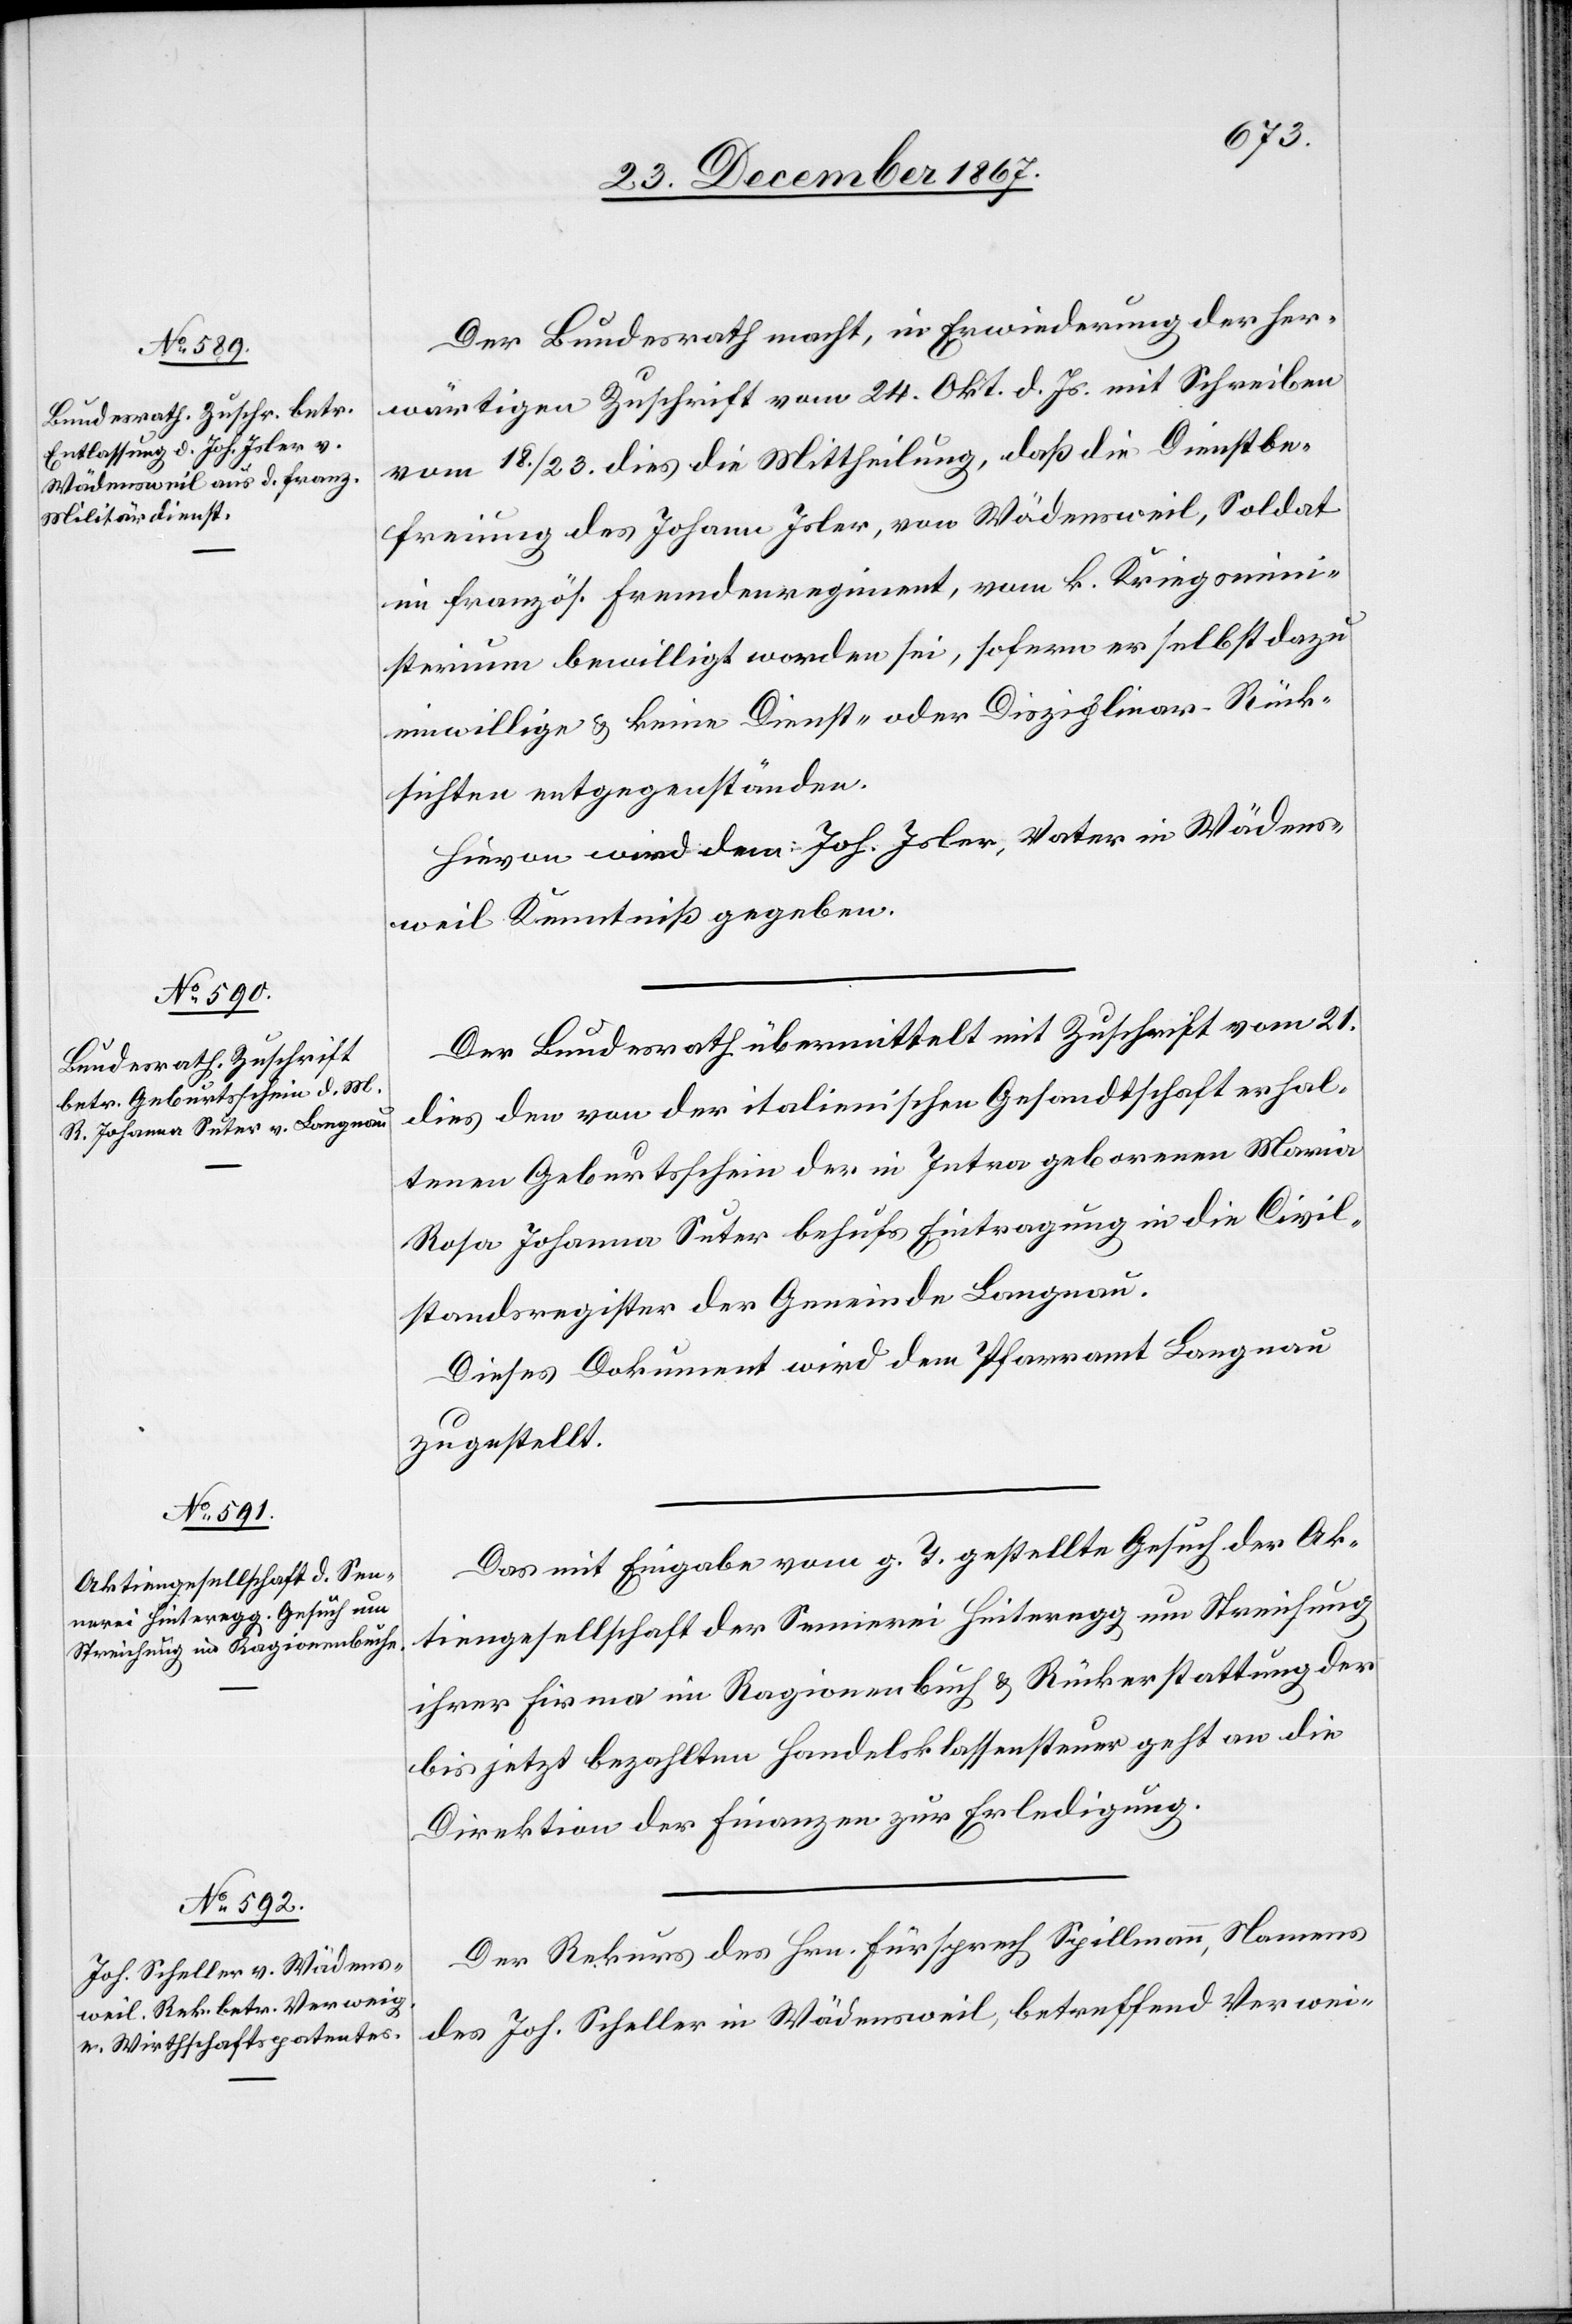
24. December 1867.]
Der Bundesrath macht, in Erwiederung der her¬
wärtigen Zuschrift vom 24. Okt. d. Js. mit Schreiben
vom 18./23. dies die Mittheilung, daß die Dienstbe¬
freiung des Johann Isler, von Wädensweil, Soldat
in französ. Fremdenregiment, vom k. Kriegsmini¬
sterium bewilligt worden sei, sofern er selbst dazu
einwillige u. keine Dienst- oder Disziplinar-Rück¬
sichten entgegenständen.
Hievon wird dem Joh. Isler, Vater in Wädens¬
weil Kenntniß gegeben.
Der Bundesrath übermittelt mit Zuschrift vom 21.
dies den von der italienischen Gesandtschaft erhal¬
tenen Geburtsschein der in Intra gebornen Maria
Rosa Johanna Suter behufs Eintragung in die Civil¬
standsregister der Gemeinde Langnau.
Dieses Dokument wird dem Pfarramt Langnau
zugestellt.
Das mit Eingabe vom g. T. gestellte Gesuch der Ak¬
tiengesellschaft der Sennerei Hinteregg um Streichung
ihrer Firma im Ragionenbuch u. Rückerstattung der
bis jetzt bezahlten Handelsklassensteuer geht an die
Direktion der Finanzen zur Erledigung.
Der Rekurs des Hrn. Fürsprech Spillmann, Namens
des Joh. Scheller in Wädensweil, betreffend Verwei-